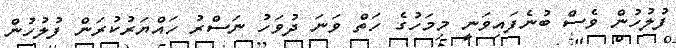
ފުލުހުން ވެސް ބުނެފައިވަނީ މިމަހުގެ ހަތް ވަނަ ދުވަހު ނަސްރު ހައްޔަރުކުރަން ފުލުހުން